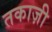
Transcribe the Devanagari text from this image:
तकाज़ी